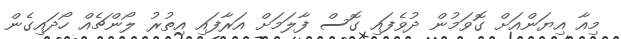
މިއާ އިޔަންއަށް ގޮވަމުން ދުވެފައި ގޮސް ފާލަމަށް އަރާފައި އިތުރު ލޯންޗެއް ހޯދައިގެން